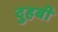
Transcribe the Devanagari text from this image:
दुहबी